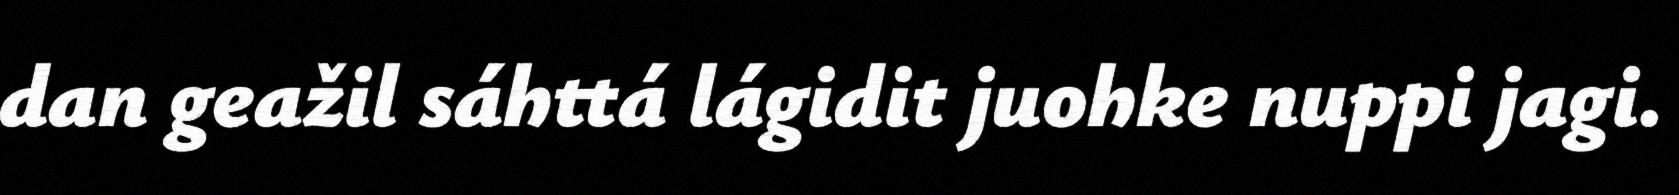
dan geažil sáhttá lágidit juohke nuppi jagi.